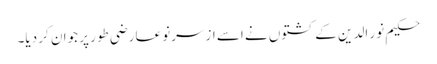
حکیم نور الدین کے کشتوں نے اسے ازسرنو عارضی طور پر جوان کر دیا۔